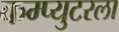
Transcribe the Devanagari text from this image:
कम्प्युटरला